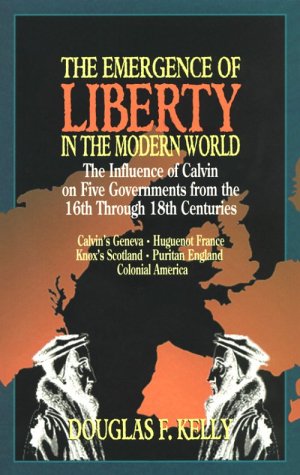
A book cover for The Emergence of Liberty in the Modern World: The Influence of Calvin on Five Governments from the 16th Through 18th Centuries; Douglas F. Kelly; Christian Books & Bibles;